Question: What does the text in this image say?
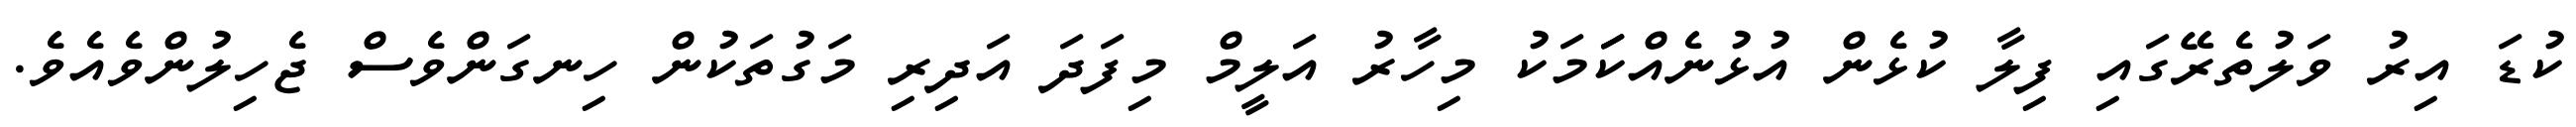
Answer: ކުޑަ އިރު ވަލުތެރޭގައި ފިލާ ކުޅެން އުޅުނެއްކަަމަކު މިހާރު އަލީމް މިފަދަ އަދިރި މަގުތަކުން ހިނގަންވެސް ޖެހިލުންވެއެވެ.